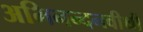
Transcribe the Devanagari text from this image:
अभिनन्दनवीथी